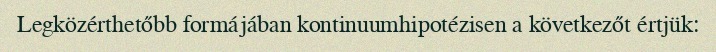
Legközérthetőbb formájában kontinuumhipotézisen a következőt értjük: